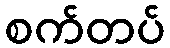
စက်တပ်